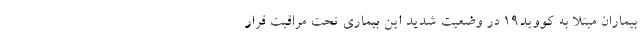
بیماران مبتلا به کووید۱۹ در وضعیت شدید این بیماری تحت مراقبت قرار